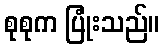
စုစုက ပြုံးသည်။